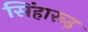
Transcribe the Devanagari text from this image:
सिंहारूढ़